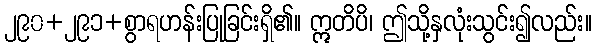
၂၉၀+၂၉၁+စွာရဟန်းပြုခြင်းရှိ၏။ ဣတိပိ၊ ဤသို့နှလုံးသွင်း၍လည်း။